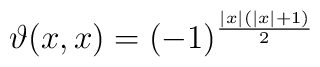
\vartheta (x,x)=(-1)^{\frac{\left| x\right| (\left| x\right| +1)}{2}}